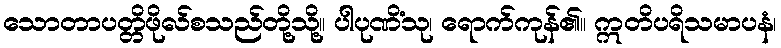
သောတာပတ္တိဖိုလ်စသည်တို့သို့။ ပါပုဏိံသု၊ ရောက်ကုန်၏။ ဣတိပရိသမာပနံ၊